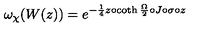
{ \omega } _ { \chi } ( W ( z ) ) = { e } ^ { - { \frac 1 4 } z \circ \coth { { \frac \Omega 2 } } \circ J \circ \sigma \circ z }